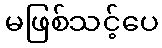
မဖြစ်သင့်ပေ